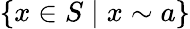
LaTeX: \{ x\in S\mid x\sim a\}